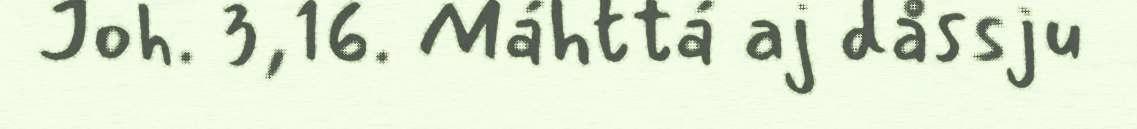
Joh. 3,16. Máhttá aj dåssju